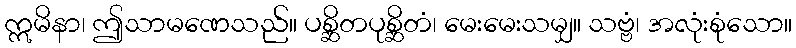
ဣမိနာ၊ ဤသာမဏေသည်။ ပစ္ဆိတပုစ္ဆိတံ၊ မေးမေးသမျှ။ သဗ္ဗံ၊ အလုံးစုံသော။